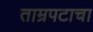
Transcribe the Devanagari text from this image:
ताम्रपटाचा